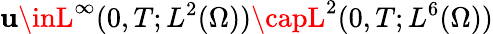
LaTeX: \mathbf{u}\inL^{\infty}(0,T;L^{2}(\Omega))\capL^{2}(0,T;L^{6}(\Omega))